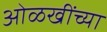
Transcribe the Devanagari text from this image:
ओळखींच्या